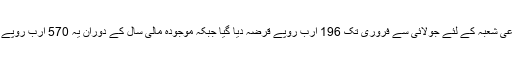
2013ء میں زرعی شعبہ کے لئے جولائی سے فروری تک 196 ارب روپے قرضہ دیا گیا جبکہ موجودہ مالی سال کے دوران یہ 570 ارب روپے سے بڑھ گیا ہے۔